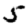
Digit: 5